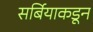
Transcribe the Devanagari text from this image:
सर्बियाकडून